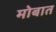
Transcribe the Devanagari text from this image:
मोबात